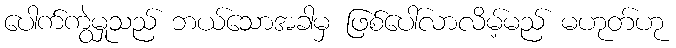
ပေါက်ကွဲမှုသည် ဘယ်သောအခါမှ ဖြစ်ပေါ်လာလိမ့်မည် မဟုတ်ဟု